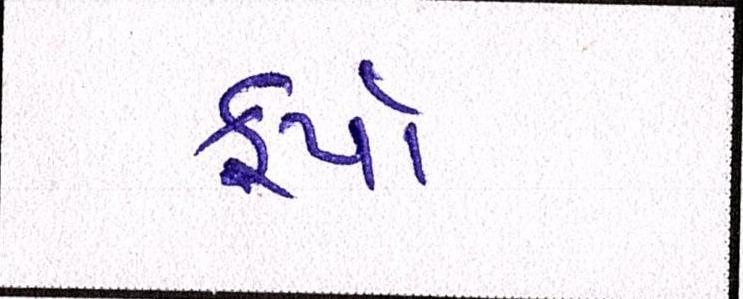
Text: ફર્યા